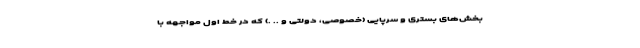
بخش‌های بستری و سرپایی (خصوصی، دولتی و .. .) که در خط اول مواجهه با